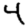
Digit: 4